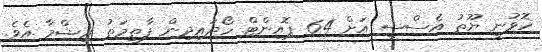
ހޮވުނީ ޔޫތު އެސްސީ އަށް 64 ޕޮއިންޓް ހޯދައިދިން ފާތިމަތު ރިޝްމާ އެވެ.